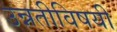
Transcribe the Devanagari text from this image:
उन्नतीविषयी